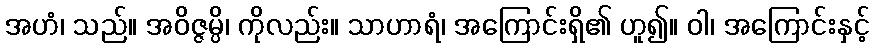
အဟံ၊ သည်။ အဝိဇ္ဇမ္ပိ၊ ကိုလည်း။ သာဟာရံ၊ အကြောင်းရှိ၏ ဟူ၍။ ဝါ၊ အကြောင်းနှင့်